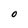
Character: O